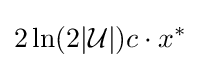
2\ln(2|{\mathcal {U}}|)c\cdot x^{*}